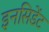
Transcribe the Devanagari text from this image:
इनसिडेंट